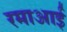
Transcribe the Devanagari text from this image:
रमाआई